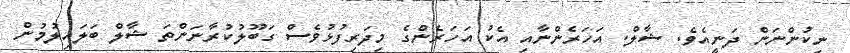
ނިކުންނަން ދަނީއެވެ. ޝާލް. އަހަރެންނާއި އެކު އަހަރެންގެ މިދަރިފުޅުވެސް ގަބޫލުކުރާނަންތަ ޝާލް ބަލައިލުމުން